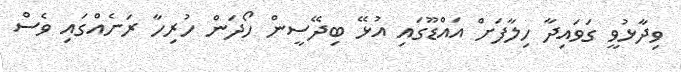
ވިދާޅުވީ ގަވައިދާ ހިލާފަށް އައްޑޫގައި އުޅޭ ބިދޭސީން ހޯދަން ހުރިހާ ރަށެއްގައި ވެސް